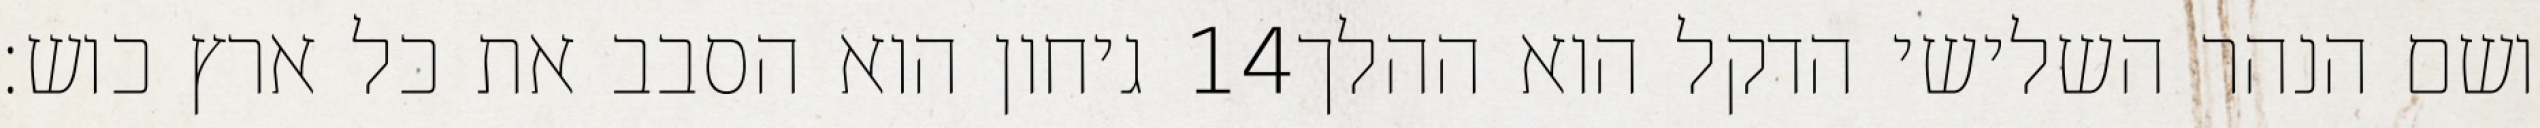
גיחון הוא הסבב את כל ארץ כוש׃ ‎14‏ ושם הנהר השלישי הדקל הוא ההלך